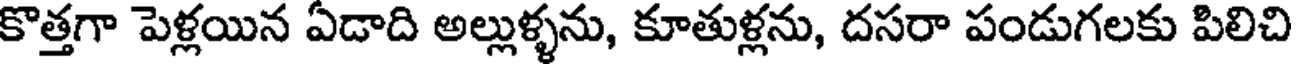
కొత్తగా పెళ్లయిన ఏడాది అల్లుళ్ళను, కూతుళ్లను, దసరా పండుగలకు పిలిచి